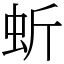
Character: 蚚